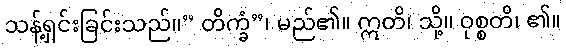
သန့်ရှင်းခြင်းသည်။” တိက္ခံ”၊ မည်၏။ ဣတိ၊ သို့။ ဝုစ္စတိ၊ ၏။